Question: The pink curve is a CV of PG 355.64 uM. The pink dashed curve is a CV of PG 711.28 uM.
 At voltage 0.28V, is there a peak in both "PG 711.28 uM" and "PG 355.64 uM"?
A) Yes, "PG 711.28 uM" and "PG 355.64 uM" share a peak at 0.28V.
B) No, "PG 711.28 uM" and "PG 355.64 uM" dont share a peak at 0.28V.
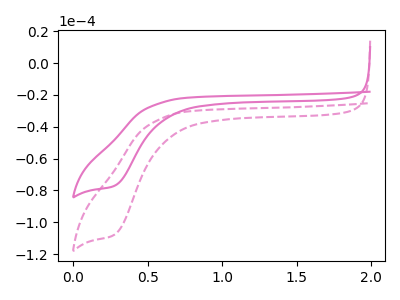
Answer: <think>The pink curve "PG 355.64 uM" has a cathodic peak at: (0.30V, -77.00uA). The pink dashed curve "PG 711.28 uM" has a cathodic peak at: (0.30V, -107.65uA).</think>
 <answer>A) Yes, "PG 711.28 uM" and "PG 355.64 uM" share a peak at 0.28V.</answer>
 <eval>A</eval>